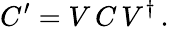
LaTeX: C^{\prime}=V\, C\, V^{\dagger}\, .